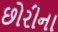
છોરીના